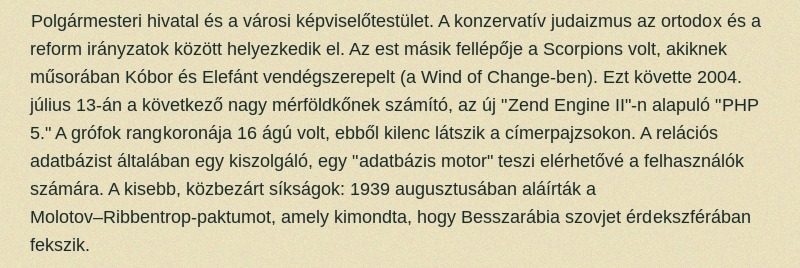
Polgármesteri hivatal és a városi képviselőtestület. A konzervatív judaizmus az ortodox és a reform irányzatok között helyezkedik el. Az est másik fellépője a Scorpions volt, akiknek műsorában Kóbor és Elefánt vendégszerepelt (a Wind of Change-ben). Ezt követte 2004. július 13-án a következő nagy mérföldkőnek számító, az új "Zend Engine II"-n alapuló "PHP 5." A grófok rangkoronája 16 ágú volt, ebből kilenc látszik a címerpajzsokon. A relációs adatbázist általában egy kiszolgáló, egy "adatbázis motor" teszi elérhetővé a felhasználók számára. A kisebb, közbezárt síkságok: 1939 augusztusában aláírták a Molotov–Ribbentrop-paktumot, amely kimondta, hogy Besszarábia szovjet érdekszférában fekszik.